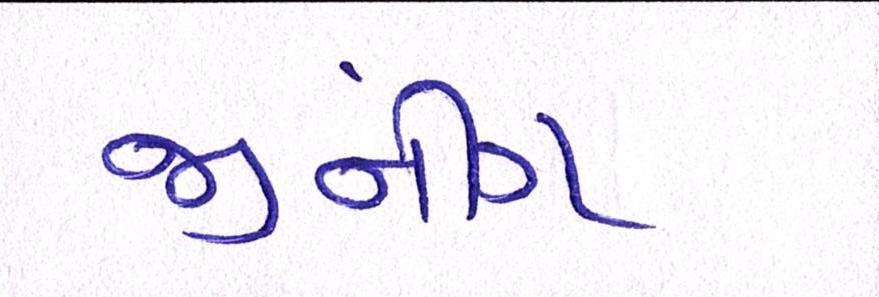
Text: જીનીંગ